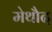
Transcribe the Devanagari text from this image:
मेथौद